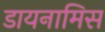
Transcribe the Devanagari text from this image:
डायनामिस